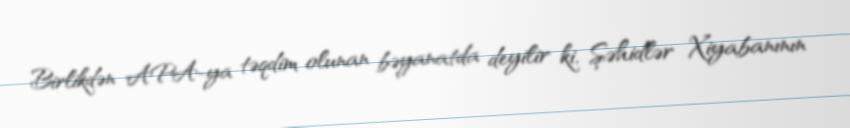
Birlikdən APA-ya təqdim olunan bəyanatda deyilir ki, Şəhidlər Xiyabanının